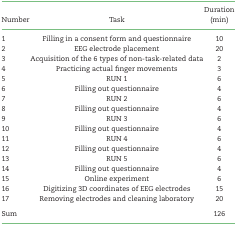
|  |  | Duration |
 | Number | Task | (min) |
 | --- | --- | --- |
 | 1 | Filling in a consent form and questionnaire | 10 |
 | 2 | EEG electrode placement | 20 |
 | 3 | Acquisition of the 6 types of non-task-related data | 2 |
 | 4 | Practicing actual finger movements | 3 |
 | 5 | RUN 1 | 6 |
 | 6 | Filling out questionnaire | 4 |
 | 7 | RUN 2 | 6 |
 | 8 | Filling out questionnaire | 4 |
 | 9 | RUN 3 | 6 |
 | 10 | Filling out questionnaire | 4 |
 | 11 | RUN 4 | 6 |
 | 12 | Filling out questionnaire | 4 |
 | 13 | RUN 5 | 6 |
 | 14 | Filling out questionnaire | 4 |
 | 15 | Online experiment | 6 |
 | 16 | Digitizing 3D coordinates of EEG electrodes | 15 |
 | 17 | Removing electrodes and cleaning laboratory | 20 |
 | <COLSPAN=2> Sum | 126 |